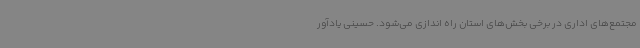
مجتمع‌های اداری در برخی بخش‌های استان راه اندازی می‌شود. حسینی یادآور